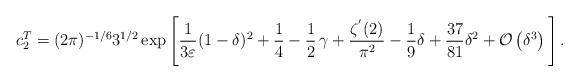
LaTeX: \begin{align*}c_2^T=(2\pi)^{-1/6} 3^{1/2} \exp \Bigg[\frac{1}{3\varepsilon}(1-\delta)^2+\frac{1}{4}-\frac{1}{2}\, \gamma +\frac{\zeta^{'} (2)}{\pi^2}-\frac{1}{9} \delta+\frac{37}{81} {\delta}^2 +{\cal O} \left({\delta}^3 \right) \Bigg]\, .\end{align*}